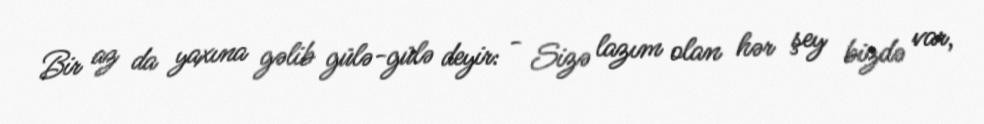
Bir az da yaxına gəlib gülə-gülə deyir: - Sizə lazım olan hər şey bizdə var,